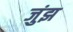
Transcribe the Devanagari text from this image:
जुंझ